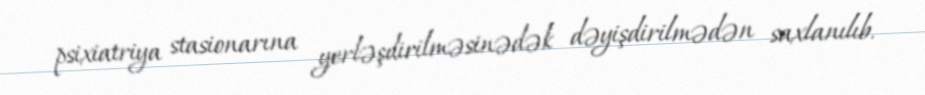
psixiatriya stasionarına yerləşdirilməsinədək dəyişdirilmədən saxlanılıb.